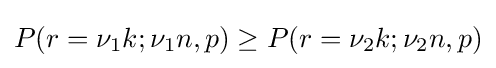
P(r=\nu _{1}k;\nu _{1}n,p)\geq P(r=\nu _{2}k;\nu _{2}n,p)